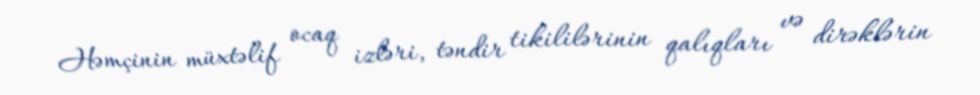
Həmçinin müxtəlif ocaq izləri, təndir tikililərinin qalıqları və dirəklərin